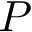
P